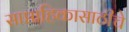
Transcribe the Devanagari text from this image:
साप्ताहिकासाठीचे